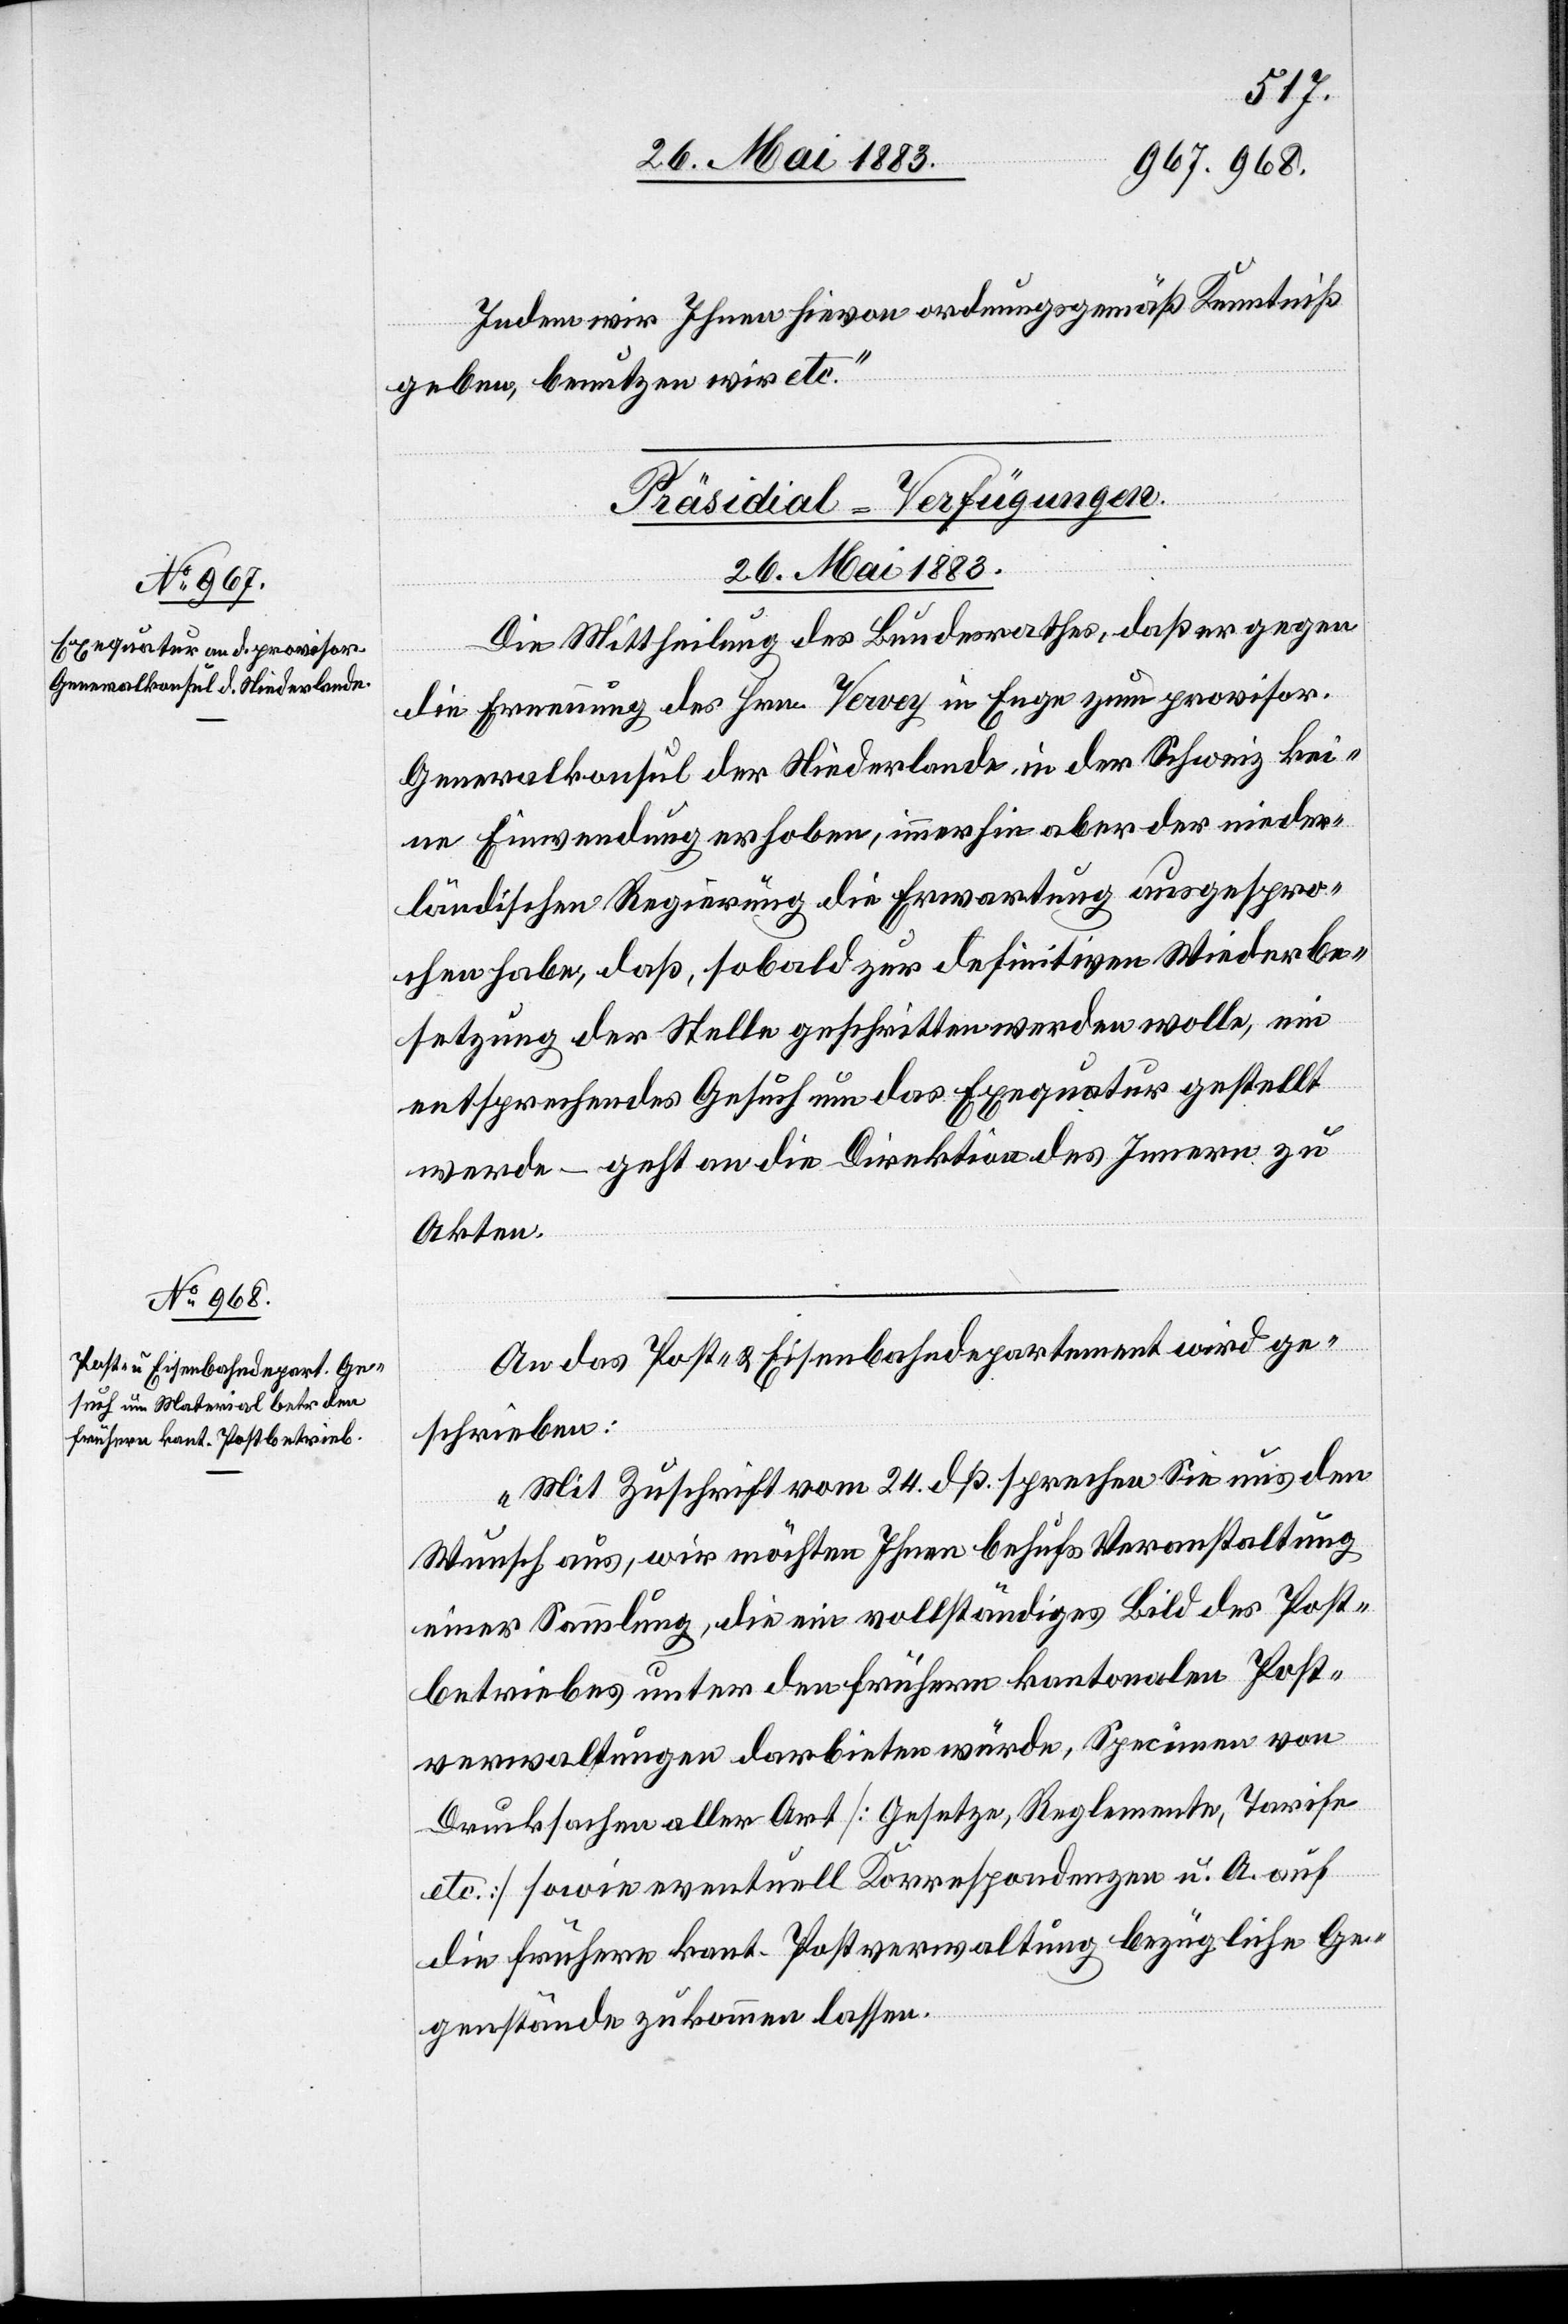
26. Mai 1883.]
Indem wir Ihnen hievon ordnungsgemäß Kenntniß
geben, benutzen wir etc.“
[Präsidial-Verfügungen.
26. Mai 1883.
Die Mittheilung des Bundesrathes, daß er gegen
ischen
die Ernennung des Hrn. Vervoy in Enge zum provisor¬
Generalkonsul der Niederlande in der Schweiz kei¬
ne Einwendung erhoben, immerhin aber der nieder¬
ländischen Regierung die Erwartung ausgespro¬
chen habe, daß, sobald zur definitiven Wiederbe¬
setzung der Stelle geschritten werden wolle, ein
entsprechendes Gesuch um das Exequatur gestellt
werde – geht an die Direktion des Innern zu
Akten.
An das Post- & Eisenbahndepartement wird ge¬
schrieben:
„Mit Zuschrift vom 24. dß. sprechen Sie uns den
Wunsch aus, wir möchten Ihnen behufs Veranstaltung
einer Sammlung, die ein vollständiges Bild des Post¬
betriebes unter den frühern kantonalen Post¬
veranstaltungen darbieten würde, Speciren von
Drucksachen aller Art [Gesetze, Reglemente, Tarife
etc.] sowie eventuell Korrespondenzen u. A. auch
die frühere kant. Postverwaltung bezügliche Ge¬
genstände zukommen lasse.